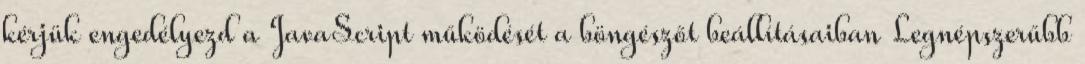
kérjük engedélyezd a JavaScript működését a böngészőt beállításaiban Legnépszerűbb